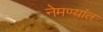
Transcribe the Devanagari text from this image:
नेमण्यांत